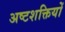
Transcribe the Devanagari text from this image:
अष्टशक्तियों